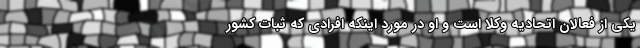
یکی از فعالان اتحادیه وکلا است و او در مورد اینکه افرادی که ثبات کشور